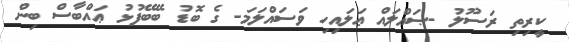
ކީރިތި ރަސޫލު -ޞައްލައް ޢަލައިހި ވަސައްލަމަ- ގެ ބޮޑު ބޭބޭފުޅު ޢައްބާސް ބިން